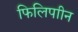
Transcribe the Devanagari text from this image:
फिलिपाीन